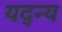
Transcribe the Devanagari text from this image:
यद्न्य